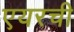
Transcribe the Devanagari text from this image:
एयरची